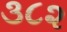
૩૮૨